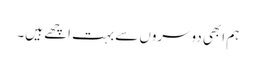
ہم ابھی دوسروں سے بہت اچھے ہیں۔